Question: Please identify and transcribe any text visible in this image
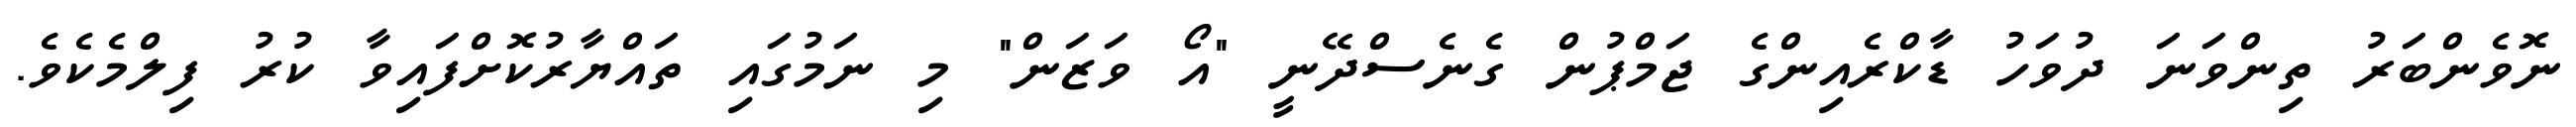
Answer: ނޮވެންބަރު ތިންވަނަ ދުވަހު ޑާކްރެއިންގެ ޖަމްޕުން ގެނެސްދޭނީ "އޯ ވަޒަން" މި ނަމުގައި ތައްޔާރުކޮށްފައިވާ ކުރު ފިލްމެކެވެ.